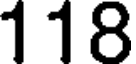
118